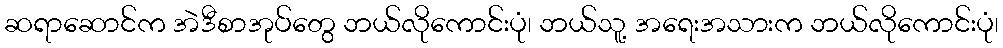
ဆရာဆောင်က အဲဒီစာအုပ်တွေ ဘယ်လိုကောင်းပုံ၊ ဘယ်သူ့ အရေးအသားက ဘယ်လိုကောင်းပုံ၊